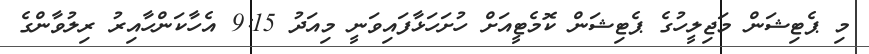
މި ޕެޓިޝަން މަޖިލީހުގެ ޕެޓިޝަން ކޮމެޓީއަށް ހުށަހަޅާފައިވަނީ މިއަދު 9:15 އެހާކަންހާއިރު ރިލުވާންގެ